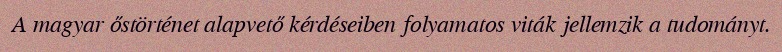
A magyar őstörténet alapvető kérdéseiben folyamatos viták jellemzik a tudományt.